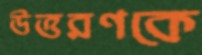
উত্তরণকে